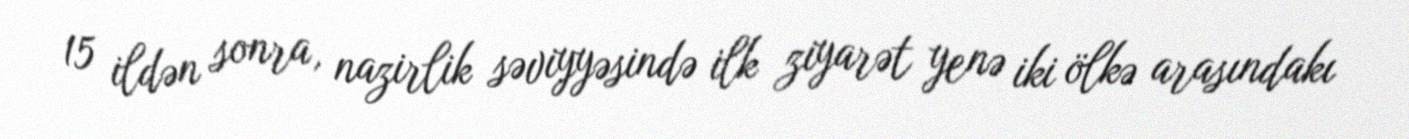
15 ildən sonra, nazirlik səviyyəsində ilk ziyarət yenə iki ölkə arasındakı